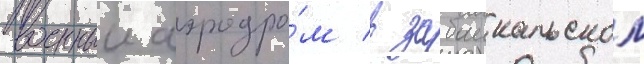
военныи аэродро́м в забаикальском